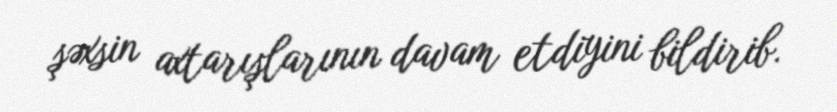
şəxsin axtarışlarının davam etdiyini bildirib.